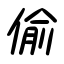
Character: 偸